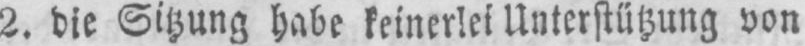
Unterstützung von